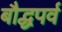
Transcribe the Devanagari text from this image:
बौद्धपर्व